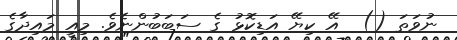
ނުވަތަ ()  އޭ ކިޔޭ އަޑިކޮޅު ގެ ސަބަބުންނެވެ. މިއީ މައިދާގެ